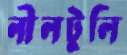
নীলটুলি